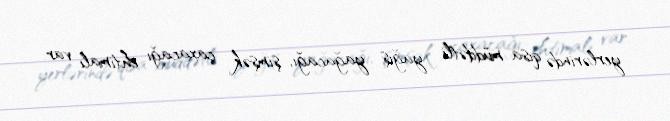
yerlərində qısa müddətli yağış yağacağı, şimşək çaxacağı ehtimalı var.